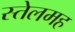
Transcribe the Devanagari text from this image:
स्तेलमह